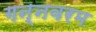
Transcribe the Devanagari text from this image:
गन्‍नवरम